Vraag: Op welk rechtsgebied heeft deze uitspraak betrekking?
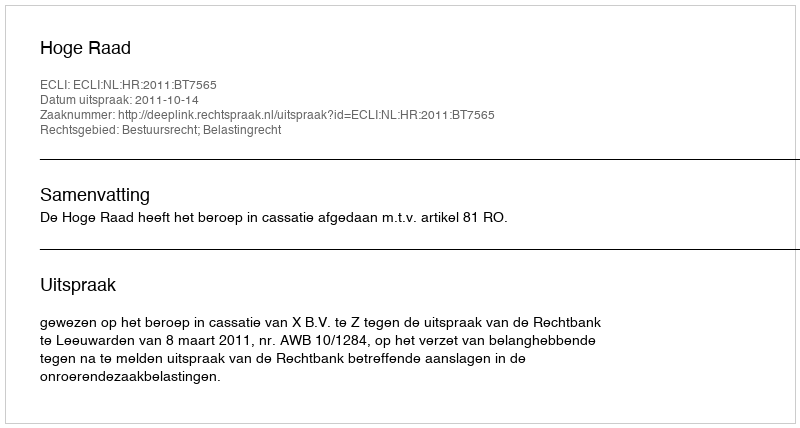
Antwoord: Bestuursrecht; Belastingrecht